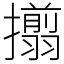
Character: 𢸄